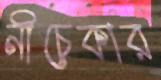
নীচেকার